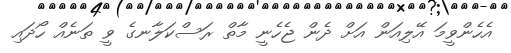
އެހެންވީމަ އޭލިއަން އަށް ދެން ޖެހެނީ މާތް ރަސްކަލާނގެ ވީ ތަނެއް ހޯދައި